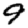
Digit: 9